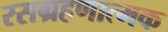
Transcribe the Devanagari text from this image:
रसग्रहणात्मक